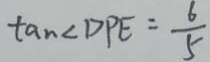
\tan \angle D P E = \frac { 6 } { 5 }